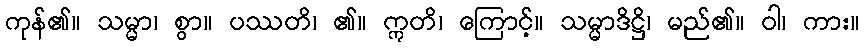
ကုန်၏။ သမ္မာ၊ စွာ။ ပဿတိ၊ ၏။ ဣတိ၊ ကြောင့်။ သမ္မာဒိဋ္ဌိ၊ မည်၏။ ဝါ၊ ကား။